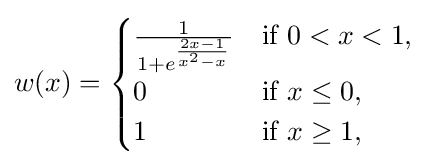
w(x)={\begin{cases}{\frac {1}{1+e^{\frac {2x-1}{x^{2}-x}}}}&{\text{if }}0<x<1,\\0&{\text{if }}x\leq 0,\\1&{\text{if }}x\geq 1,\end{cases}}